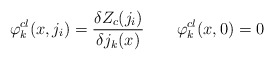
\begin{align*}\varphi_k^{cl}(x, j_i) = {\delta Z_c(j_i) \over \delta j_k (x)}\qquad \varphi_k^{cl} (x,0) = 0\end{align*}